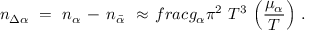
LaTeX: n _ { \Delta \alpha } \ = \ n _ { \alpha } \, - \, n _ { \bar { \alpha } } \ \approx \, f r a c { g _ { \alpha } } { \pi ^ { 2 } } \ T ^ { 3 } \ \Big ( \frac { \mu _ { \alpha } } { T } \Big ) \ .